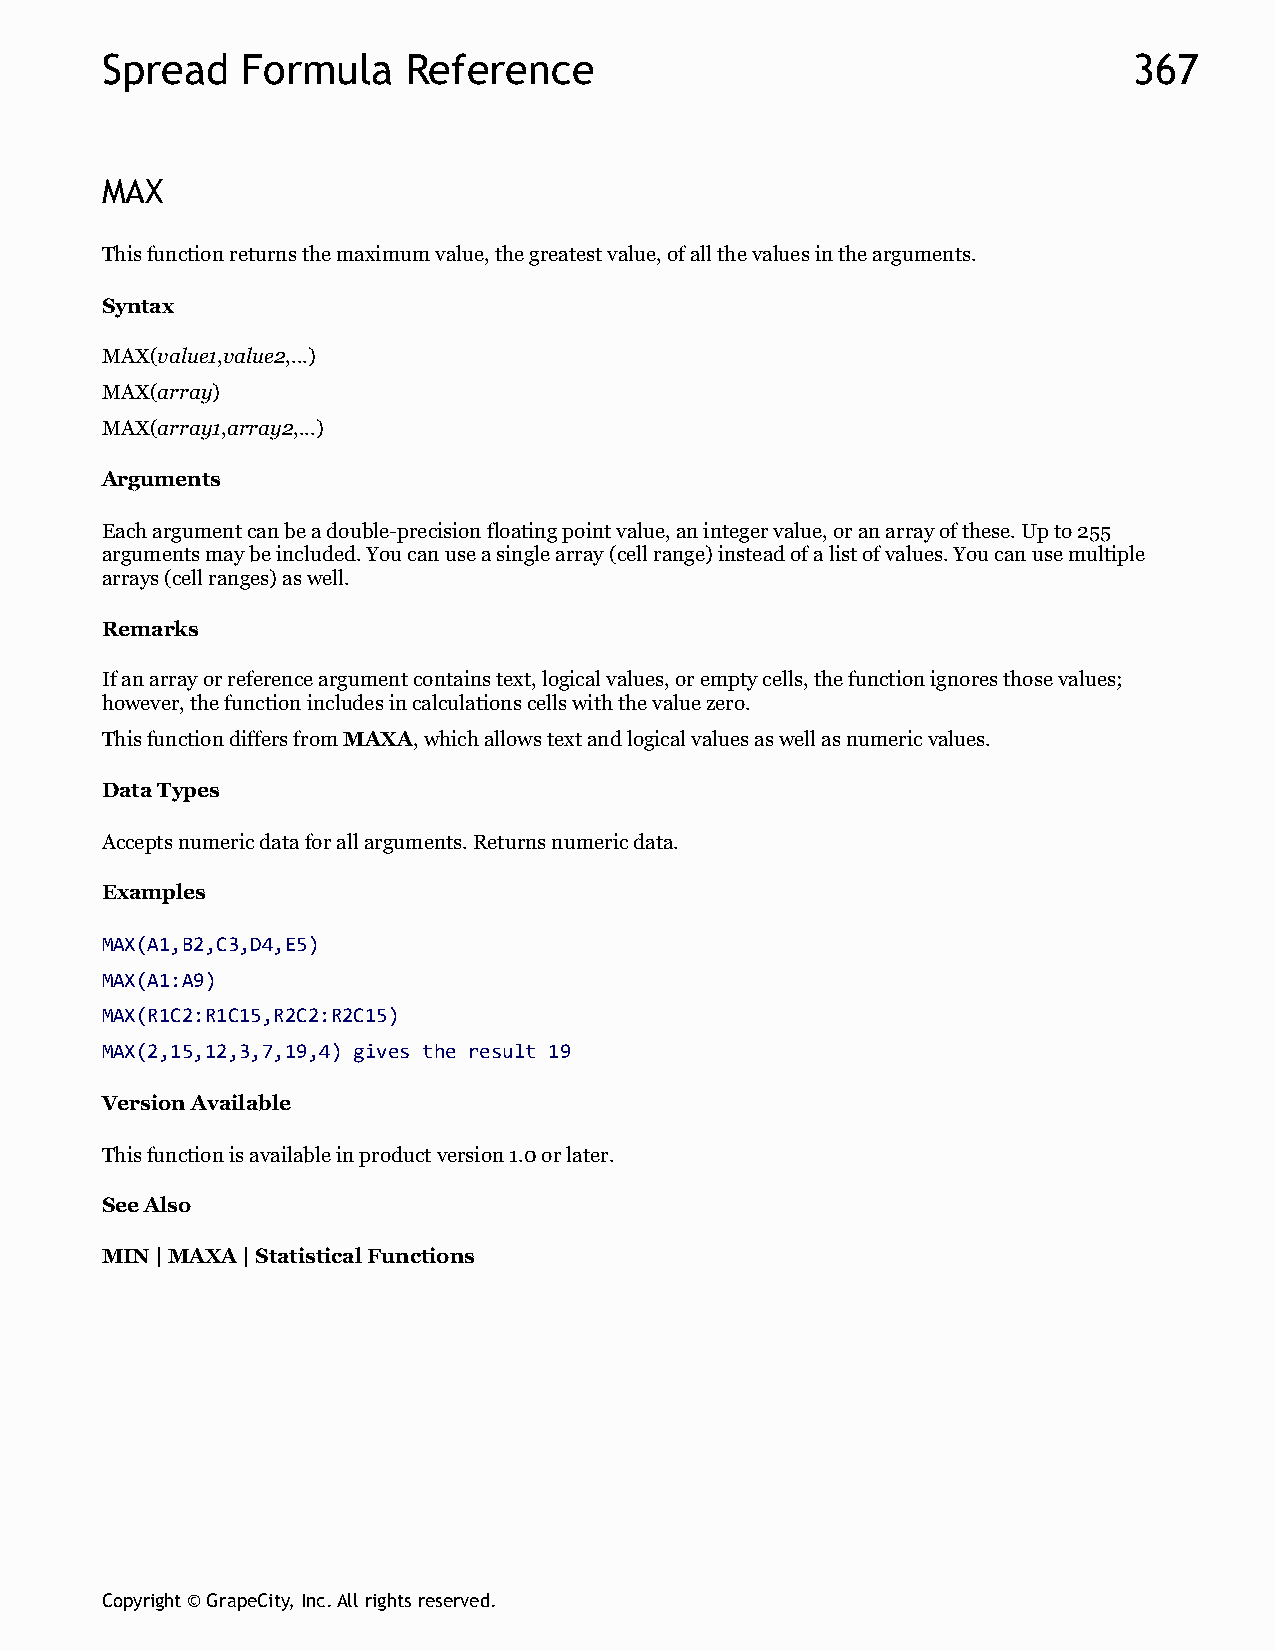
Spread   Formula    Reference                                       367
 MAX
 This function returns the maximum value, the greatest value, of all the values in the arguments.
 Syntax
 MAX(value1,value2,...)
 MAX(array)
 MAX(array1,array2,...)
 Arguments
 Each argument can be a double-precision floating point value, an integer value, or an array of these. Up to 255
 arguments may be included. You can use a single array (cell range) instead of a list of values. You can use multiple
 arrays (cell ranges) as well.
 Remarks
 If an array or reference argument contains text, logical values, or empty cells, the function ignores those values;
 however, the function includes in calculations cells with the value zero.
 This function differs from MAXA, which allows text and logical values as well as numeric values.
 Data Types
 Accepts numeric data for all arguments. Returns numeric data.
 Examples
 MAX(A1,B2,C3,D4,E5)
 MAX(A1:A9)
 MAX(R1C2:R1C15,R2C2:R2C15)
 MAX(2,15,12,3,7,19,4) gives the result 19
 Version Available
 This function is available in product version 1.0 or later.
 See Also
 MIN | MAXA | Statistical Functions
 Copyright © GrapeCity, Inc. All rights reserved.